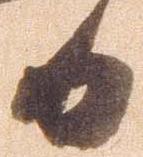
日